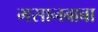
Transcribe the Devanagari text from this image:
मसानबाबा